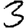
Digit: 3